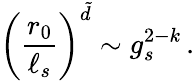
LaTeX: \left({\frac{r_{0}}{\ell_{s}}}\right)^{\tilde{d}}\sim g_{s}^{2-k}\, .